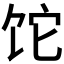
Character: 𬲱